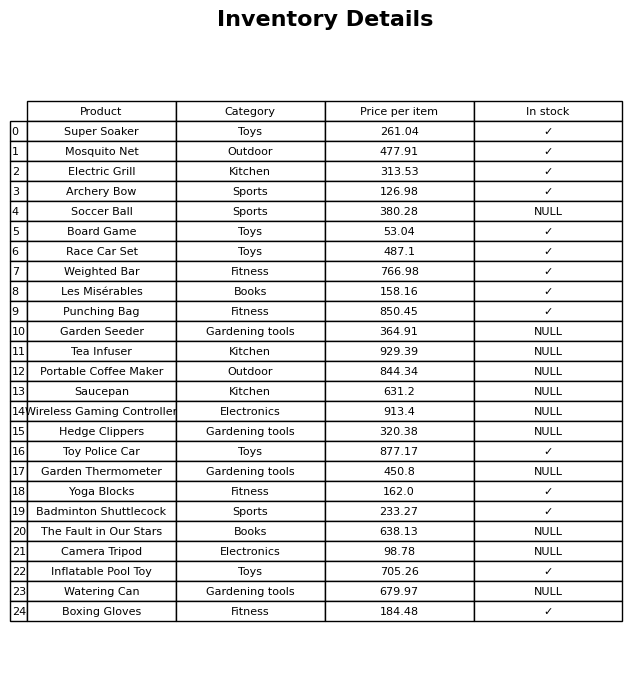
question: What is the price of the Garden Seeder?
answer: The price of Garden Seeder is 364.91.